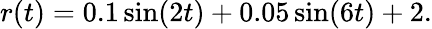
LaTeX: \begin{array}{r}{r(t)=0.1\sin(2t)+0.05\sin(6t)+2.}\end{array}